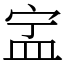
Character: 㿾